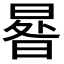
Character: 𣌿